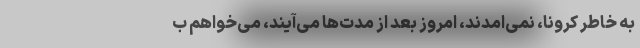
به خاطر کرونا، نمی‌امدند، امروز بعد از مدت‌ها می‌آیند، می‌خواهم ب